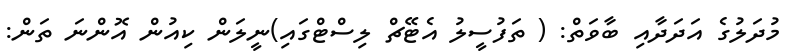
މުދަލުގެ އަދަދާއި ބާވަތް: ( ތަފުސީލު އެޓޭޗް ލިސްޓްގައި)ނީލަން ކިއުން އޮންނަ ތަން: